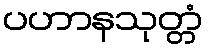
ပဟာနသုတ္တံ